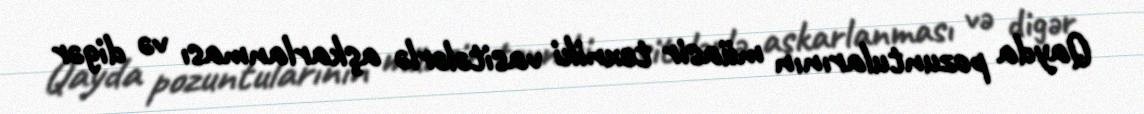
Qayda pozuntularının müasir texniki vasitələrlə aşkarlanması və digər